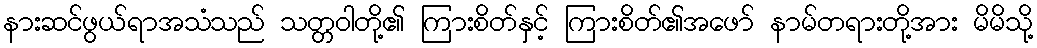
နားဆင်ဖွယ်ရာအသံသည် သတ္တဝါတို့၏ ကြားစိတ်နှင့် ကြားစိတ်၏အဖော် နာမ်တရားတို့အား မိမိသို့